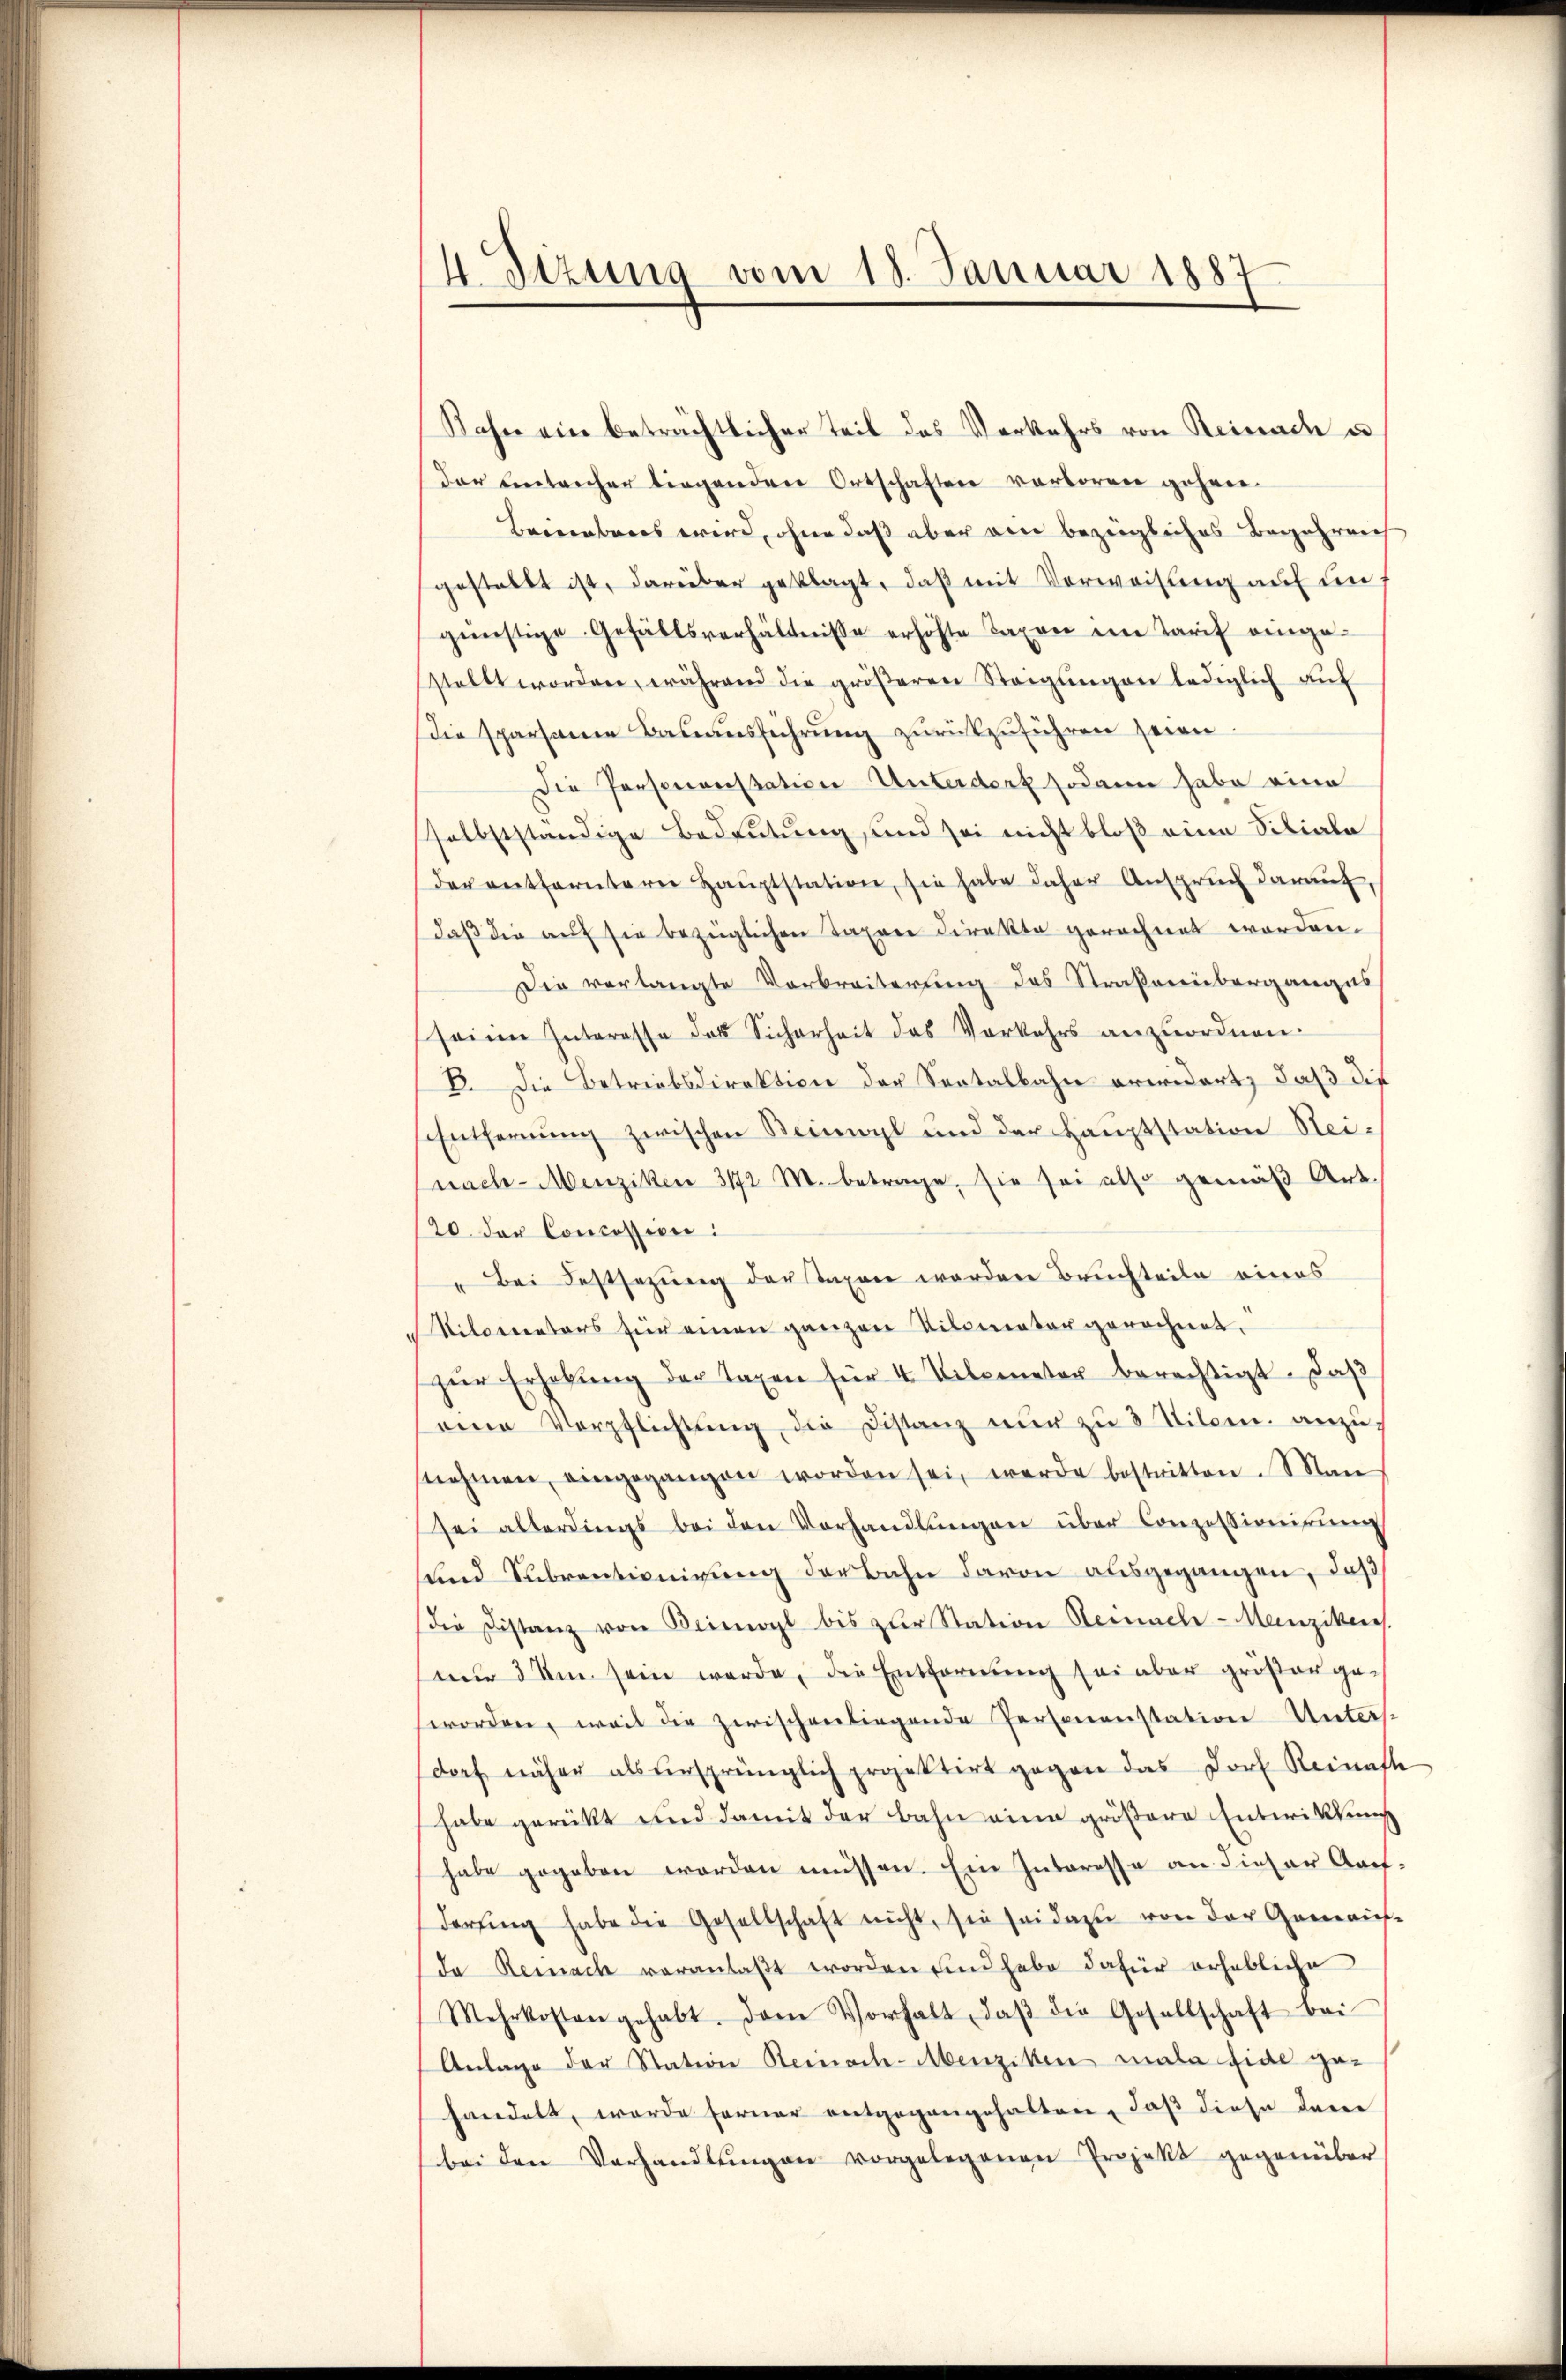
4. Seizung vom 18. Januar 1887

Rahn ein beträchtlicher Teil das Verkehrs von Reinach u
der Eintrecher liegenden Ortschaften verloren gehen.
Beierabens wird, ohne daß aber ain bezügliches Begehrens
gestellt ist, darüber geklagt, daß mit Verweisung auf ungünstige Gefällsverhältnisse erhöhte Taxen ein Tarif eingestellt worden, während die gröβeren Steigŭngen lediglich aŭf
die sparsame Bauausführung zurückzuführen seien.
Die Personanstation Unterdert sodann habe eine
selbstständige Bedeutung, und sei nicht bloß eine Siliale
der entfernterer Haŭptstation, sie habe daher Ansprŭch daraŭf,
daß die auf sie bezüglichen Taxare direkte gerechnet worden.
Die verlangte Verbreiterung des Straßenüberganges
seine Interesse des Sicherheit des Vorkehrs anzuordnen.
B. Die Betriebsdirektion der Seetalbahn erwidert, daß die
Entfernung zwischen Beinwyl und der Hauptstation Steinach-Menziken 3172 M. betrage, sie sei also gemäß Art.
20 der Concession:
" Bei Festsezŭng der Taxen werden Bruchteile eines
ilometers für einen ganzen Kilomater gerechnet,
zŭr Erhebŭng der Taxen für 4 Vilcenetor berechtigt. Daβ
eine Verpflichtŭng die Distanz nŭr zŭ 3 Tilen. anzunehmen, eingegangen worden sei, werde bestritten. Man
sei allerdings bei den Vorhandlŭngen über Conzessionirung
sund Subventionirung der Bahn davon ausgegangen, daß
die Distanz von Beimoyl bis zur Station Steinacle - Menziker
nur 3 Um sein werde, die Entfernung sei aber größer geworden, weil die zwischenliegende Personenstation Unters
dorf näher als ursprünglich projektirt gegen das Dorf Reinafte
habe gerückt und damit der bahn eine größere Entwicklung
habe gegeben worden müssen. Ein Interesse an dieser Archderŭng habe die Gesellschaft nicht, sie sei dazu von der Genauf-
da Reinach veranlaβt worden und habe dafür erhebliche
Mehrkosten gehabt. Dem Vorhalt, daβ die Gesellschaft bei
Anlage der Station Steinach-Menziken mala fide gehandelt, werde ferner entgegangehalten, daß diese dere
bei den Verhandlŭngen vorgelegenen Projekt gegenüber